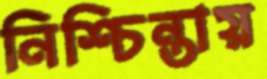
নিশ্চিন্তায়